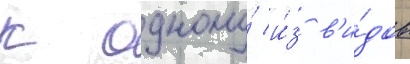
к одному́ и́з в'и́дов